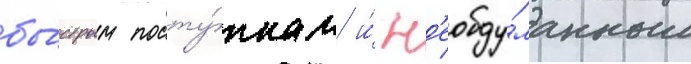
бы́стрым посту́пкам и́ н'еобду́манным